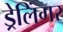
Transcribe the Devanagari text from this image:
ड्रेलिंगर